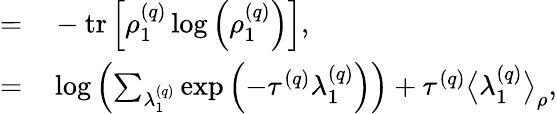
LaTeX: \begin{array}{rl}{=}&{{}-\operatorname{tr}\left[\rho_{1}^{\left(q\right)}\log\left(\rho_{1}^{\left(q\right)}\right)\right],}\\ {=}&{{}\log\left(\sum_{\lambda_{1}^{\left(q\right)}}\exp\left(-\tau^{\left(q\right)}\lambda_{1}^{\left(q\right)}\right)\right)+\tau^{\left(q\right)}\big\langle\lambda_{1}^{\left(q\right)}\big\rangle_{\rho},}\end{array}